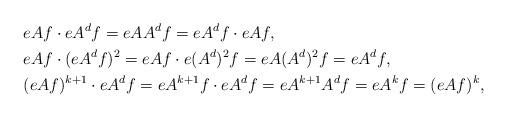
LaTeX: \begin{align*} &eAf\cdot eA^{d}f=eAA^{d}f=eA^{d}f\cdot eAf,\\ &eAf\cdot(eA^{d}f)^{2}=eAf\cdot e(A^{d})^2f=eA(A^{d})^2f=eA^{d}f,\\ &(eAf)^{k+1}\cdot eA^{d}f=eA^{k+1}f\cdot eA^{d}f=eA^{k+1}A^{d}f=eA^{k}f=(eAf)^{k}, \end{align*}